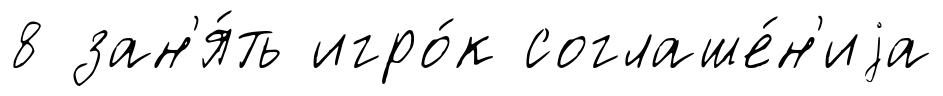
8 зан'я́ть игро́к соглаше́н'иjа